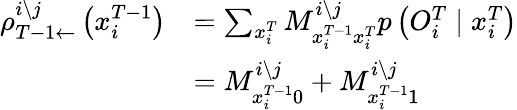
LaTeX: \begin{array}{rl}{\rho_{T-1\leftarrow}^{i\setminus j}\left(x_{i}^{T-1}\right)}&{=\sum_{x_{i}^{T}}M_{x_{i}^{T-1}x_{i}^{T}}^{i\setminus j}p\left(O_{i}^{T}\mid x_{i}^{T}\right)}\\ &{=M_{x_{i}^{T-1}0}^{i\setminus j}+M_{x_{i}^{T-1}1}^{i\setminus j}}\end{array}